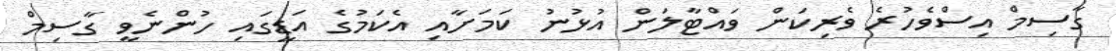
ގާސިމް އިސްވެހުރެ ވެރިކަން ވައްޓާލަން އުޅުނު ކަމަށާއި އެކަމުގެ އަޑީގައި ހުންނެވީ ގާސިމް